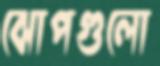
ঝোপগুলো